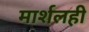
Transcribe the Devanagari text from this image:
मार्शलही